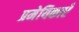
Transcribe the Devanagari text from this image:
प्रमेयिकाएँ